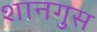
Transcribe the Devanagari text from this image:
शानगुस